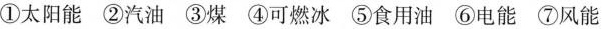
①太阳能 ②汽油 ③煤 ④可燃冰 ⑤食用油 ⑥电能 ⑦风能